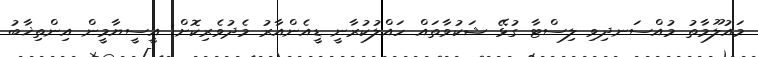
މައުލޫމާތު މުއްސަނދިވި ލިސްޓާ ގުޅޭ ޝަކުވާތައް ހައްލުކުރާނީ ޑީއެންއާރު މެދުވެރިކޮށް: އީސީޔާމީން އިންތިޚާބު